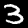
Digit: 3